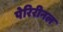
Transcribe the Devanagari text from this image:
पेरिरीनल